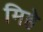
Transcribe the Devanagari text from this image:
मिहे